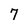
Character: 7